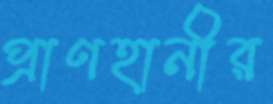
প্রাণহানীর